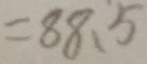
= 8 8 、 5